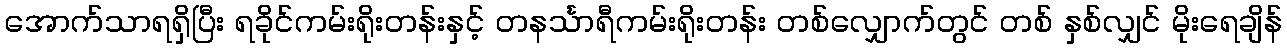
အောက်သာရရှိပြီး ရခိုင်ကမ်းရိုးတန်းနှင့် တနင်္သာရီကမ်းရိုးတန်း တစ်လျှောက်တွင် တစ် နှစ်လျှင် မိုးရေချိန်